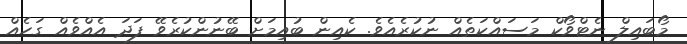
މޯބައިލް ނެޓްވޯކް މަސައްކަތެއް ނުކުރެއެވެ. ކެއިން ބުއިމަށް ބޭނުންކުރެވޭ ފަދަ އެއްވެއް ގަހެއް